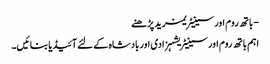
- باتھ روم اور سینیٹریمزید پڑھنے
اہم باتھ روم اور سینیٹریشہزادی اور بادشاہ کے لئے آئیڈیا بنائیں۔